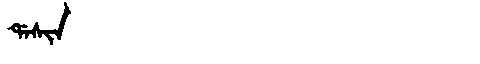
Manchu: ᡩᠠᠰᡳᠨ
Romanization: DASIN